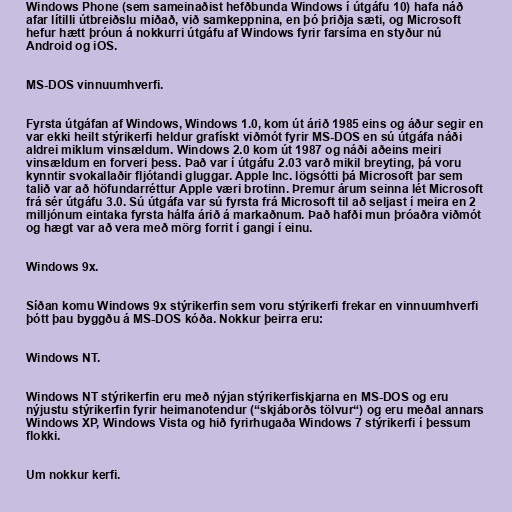
Windows Phone (sem sameinaðist hefðbunda Windows í útgáfu 10) hafa náð
afar lítilli útbreiðslu miðað, við samkeppnina, en þó þriðja sæti, og Microsoft
hefur hætt þróun á nokkurri útgáfu af Windows fyrir farsíma en styður nú
Android og iOS.

MS-DOS vinnuumhverfi.

Fyrsta útgáfan af Windows, Windows 1.0, kom út árið 1985 eins og áður segir en
var ekki heilt stýrikerfi heldur grafískt viðmót fyrir MS-DOS en sú útgáfa náði
aldrei miklum vinsældum. Windows 2.0 kom út 1987 og náði aðeins meiri
vinsældum en forveri þess. Það var í útgáfu 2.03 varð mikil breyting, þá voru
kynntir svokallaðir fljótandi gluggar. Apple Inc. lögsótti þá Microsoft þar sem
talið var að höfundarréttur Apple væri brotinn. Þremur árum seinna lét Microsoft
frá sér útgáfu 3.0. Sú útgáfa var sú fyrsta frá Microsoft til að seljast í meira en 2
milljónum eintaka fyrsta hálfa árið á markaðnum. Það hafði mun þróaðra viðmót
og hægt var að vera með mörg forrit í gangi í einu.

Windows 9x.

Síðan komu Windows 9x stýrikerfin sem voru stýrikerfi frekar en vinnuumhverfi
þótt þau byggðu á MS-DOS kóða. Nokkur þeirra eru:

Windows NT.

Windows NT stýrikerfin eru með nýjan stýrikerfiskjarna en MS-DOS og eru
nýjustu stýrikerfin fyrir heimanotendur (“skjáborðs tölvur“) og eru meðal annars
Windows XP, Windows Vista og hið fyrirhugaða Windows 7 stýrikerfi í þessum
flokki.

Um nokkur kerfi.